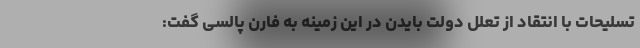
تسلیحات با انتقاد از تعلل دولت بایدن در این زمینه به فارن پالسی گفت: